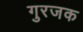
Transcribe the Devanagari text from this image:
गुरजक